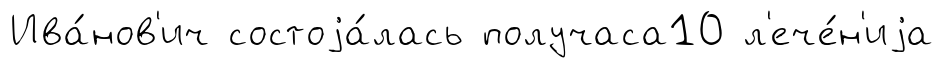
Ива́нов'ич состоjа́лась получаса10 л'ече́н'иjа